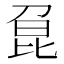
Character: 𠝕